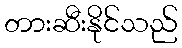
တားဆီးနိုင်သည်